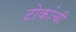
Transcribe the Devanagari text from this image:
टोकांची